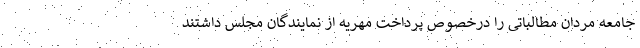
جامعه مردان مطالباتی را درخصوص پرداخت مهریه از نمایندگان مجلس داشتند